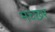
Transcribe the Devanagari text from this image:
मच्‍छर